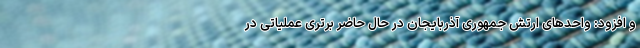
و افزود: واحدهای ارتش جمهوری آذربایجان در حال حاضر برتری عملیاتی در